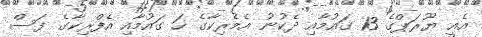
އެއީ ޔޫރަޕްގެ 13 ގައުމާއި ދެކުނު އެމެރިކާގެ ހަ ގައުމާއި އެފްރިކާގެ ފަސް